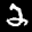
Label: 2